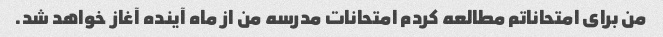
من برای امتحاناتم مطالعه کردم امتحانات مدرسه من از ماه آینده آغاز خواهد شد.